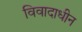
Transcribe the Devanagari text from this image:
विवादाधीन